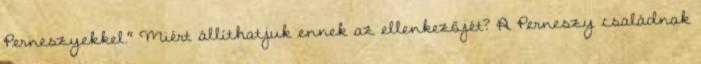
Perneszyekkel." Miért állíthatjuk ennek az ellenkezőjét? A Perneszy családnak